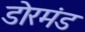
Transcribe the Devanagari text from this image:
डोरमंड